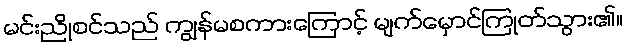
မင်းညိုစင်သည် ကျွန်မစကားကြောင့် မျက်မှောင်ကြုတ်သွား၏။